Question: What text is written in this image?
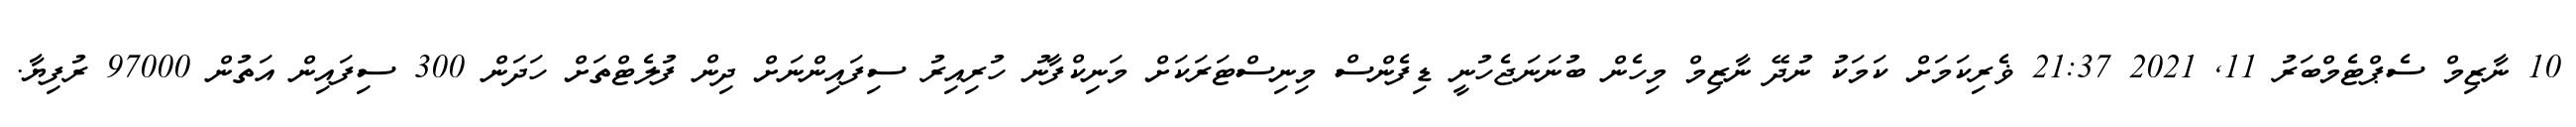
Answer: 10 ނާޒިމް ސެޕްޓެމްބަރު 11, 2021 21:37 ޥެރިކަމަށް ކަމަކު ނުދޭ ނާޒިމް މިހެން ބުނަނަޖެހުނީ ޑިފެންސް މިނިސްޓަރަކަށް މަނިކްފާނު ހުރިއިރު ސިފައިންނަށް ދިން ފުލެޓްތަށް ހަދަން 300 ސިފައިން އަތުން 97000 ރުފިޔާ.